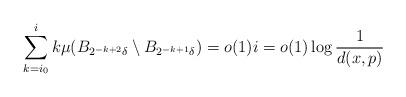
LaTeX: \begin{align*}\sum_{k=i_0}^{i} k \mu(B_{2^{-k+2}\delta} \setminus B_{2^{-k +1}\delta}) = o(1) i =o(1) \log\frac 1{d(x, p)}\end{align*}